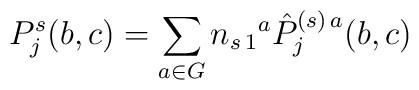
P_j^s(b,c) = \sum_{a\in G} n_{s\,1}{}^{a}\hat P_j^{(s)\,a}(b,c)